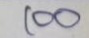
100